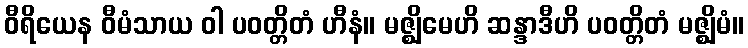
ဝီရိယေန ဝီမံသာယ ဝါ ပဝတ္တိတံ ဟီနံ။ မဇ္ဈိမေဟိ ဆန္ဒာဒီဟိ ပဝတ္တိတံ မဇ္ဈိမံ။